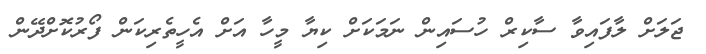
ޖަލަށް ލާފައިވާ ސާކިރް ހުސައިން ނަމަކަށް ކިޔާ މީހާ އަށް އެހީތެރިކަން ފޯރުކޮށްދޭން